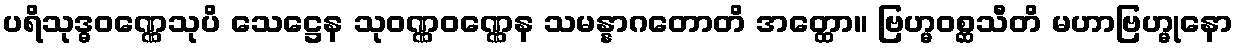
ပရိသုဒ္ဓဝဏ္ဏေသုပိ သေဋ္ဌေန သုဝဏ္ဏဝဏ္ဏေန သမန္နာဂတောတိ အတ္ထော။ ဗြဟ္မဝစ္ဆသီတိ မဟာဗြဟ္မုနော